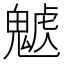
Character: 𩳰